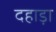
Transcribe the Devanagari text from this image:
दहाड़ा